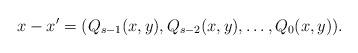
LaTeX: \begin{align*}x-x^{\prime}=(Q_{s-1}(x,y),Q_{s-2}(x,y), \ldots, Q_{0}(x,y)). \end{align*}